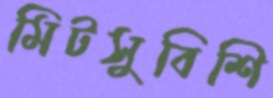
মিটসুবিশি